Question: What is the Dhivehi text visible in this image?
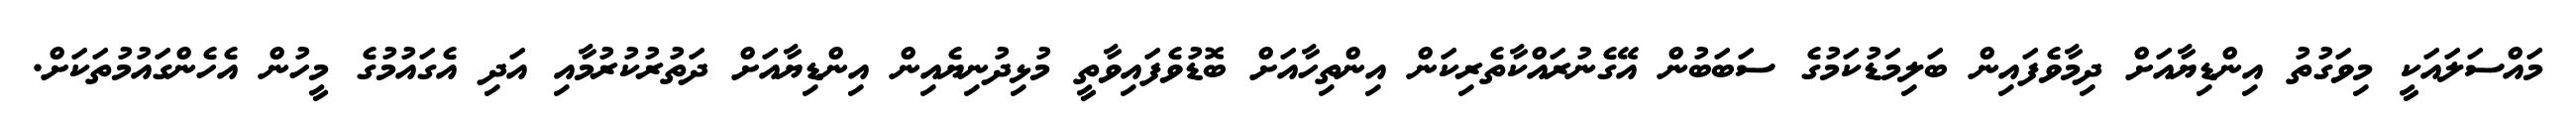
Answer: މައްސަލައަކީ މިވަގުތު އިންޑިޔާއަށް ދިމާވެފައިން ބަލިމަޑުކަމުގެ ސަބަބުން އޭގެނުރައްކާތެރިކަން އިންތިހާއަށް ބޮޑުވެފައިވާތީ މުޅިދުނިޔެއިން އިންޑިޔާއަށް ދަތުރުކުރުމާއި އަދި އެގައުމުގެ މީހުން އެހެންގައުމުތަކަށް.